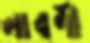
লাবণী